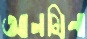
আলমিনা